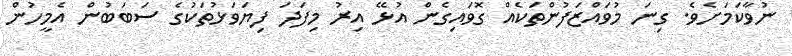
ނުވާކަމަށެވެ. ގިނަ މުވައްޒަފުންތަކެއް ގޮވައިގެން އުޅޭ އިރު މިފަދަ ފިޔަވަޅުތަކުގެ ސަބަބުން އެމީހުން